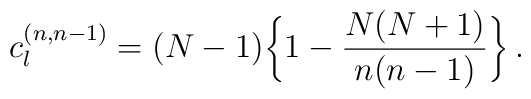
c_l^{(n,n-1)} = (N-1) \bigg\{ 1 - {N(N+1)\over n(n-1)}\bigg\}\,.